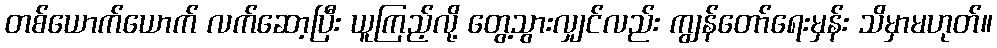
တစ်ယောက်ယောက် လက်ဆော့ပြီး ယူကြည့်လို့ တွေ့သွားလျှင်လည်း ကျွန်တော်ရေးမှန်း သိမှာမဟုတ်။